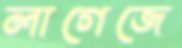
লাগেজে